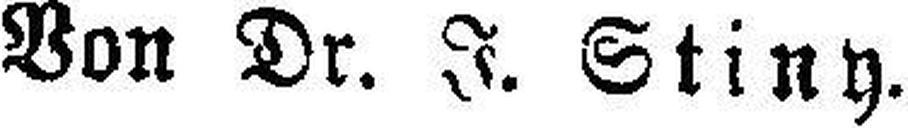
Von Dr. J. Stiny.